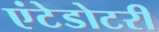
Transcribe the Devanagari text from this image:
एंटेडोटरी